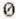
0